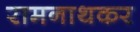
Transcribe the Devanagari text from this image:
रामनाथकर